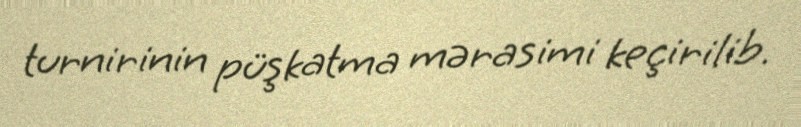
turnirinin püşkatma mərasimi keçirilib.